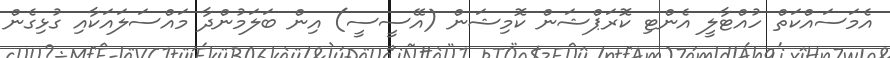
އެމަސައްކަތް ހުއްޓާލީ އެންޓި ކޮރަޕްޝަން ކޮމިޝަން (އޭސީސީ) އިން ބަލަމުންދާ މަައްސަލައަކާއި ގުޅިގެން